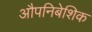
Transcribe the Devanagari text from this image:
औपनिबेशिक